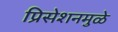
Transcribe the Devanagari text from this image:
प्रिसेशनमुळे